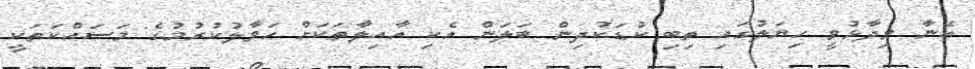
އޭނާ ވިދާޅުވީ ހިޔަލުގައި ތިބި ކުޑަކުދިން ބަލަން އެކި އާއިލާތަކަށް ހަވާލުކުރުމުގެ މަސައްކަތަކީ